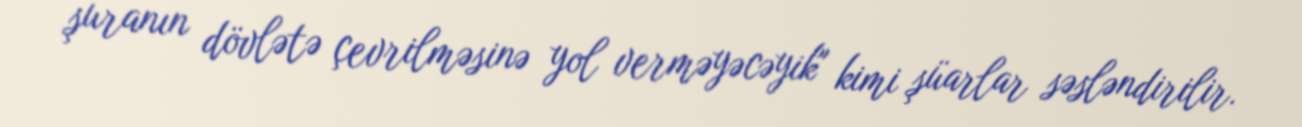
şuranın dövlətə çevrilməsinə yol verməyəcəyik" kimi şüarlar səsləndirilir.